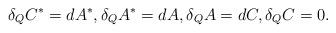
LaTeX: \begin{align*}\delta_Q C^\ast=dA^\ast , \delta_Q A^\ast=dA ,\delta_Q A=dC , \delta_QC=0 .\end{align*}